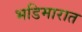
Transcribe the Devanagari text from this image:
भडिमारात